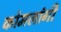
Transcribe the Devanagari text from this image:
कोमलांगी